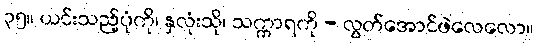
၃၅။ ယင်းသည့်ပုံကို၊ နှလုံးသို၊ သက္ကာရကို - လွတ်အောင်ဖဲလေလော။